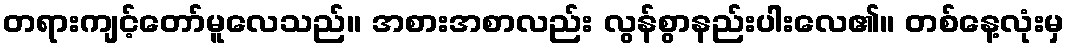
တရားကျင့်တော်မူလေသည်။ အစားအစာလည်း လွန်စွာနည်းပါးလေ၏။ တစ်နေ့လုံးမှ